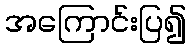
အကြောင်းပြ၍